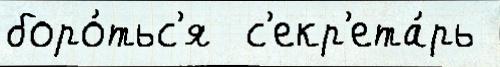
боро́тьс'я  с'екр'ета́рь